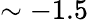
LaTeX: \sim-1.5